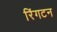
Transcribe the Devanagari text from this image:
रिंगटन